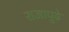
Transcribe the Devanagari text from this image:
राजापुढे